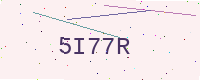
Text: 5I77R